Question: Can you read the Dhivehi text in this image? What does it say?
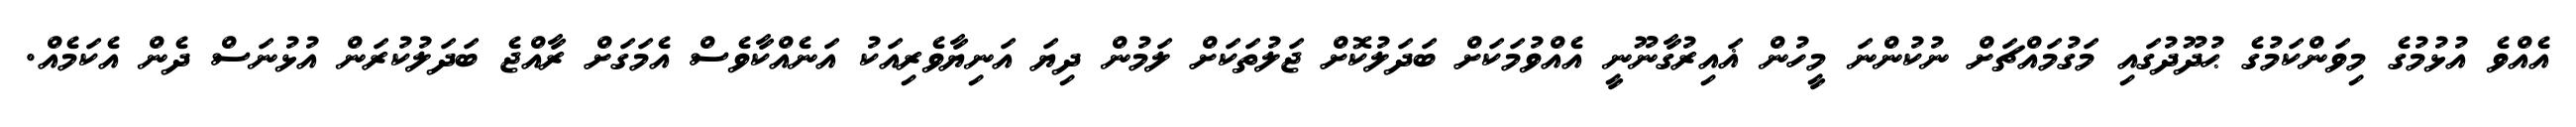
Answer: އެއްވެ އުޅުމުގެ މިވަންކަމުގެ ޙުދޫދުގައި މަގުމައްޗަށް ނުކުންނަ މީހުން ޣައިރުގާނޫނީ އެއްވުމަކަށް ބަދަލުކޮށް ޖަލުތަކަށް ލަމުން ދިޔަ އަނިޔާވެރިއަކު އަނެއްކާވެސް އެމަގަށް ރާއްޖެ ބަދަލުކުރަން އުޅުނަސް ދެން އެކަމެއް.